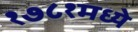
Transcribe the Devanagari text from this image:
१७८१मध्ये